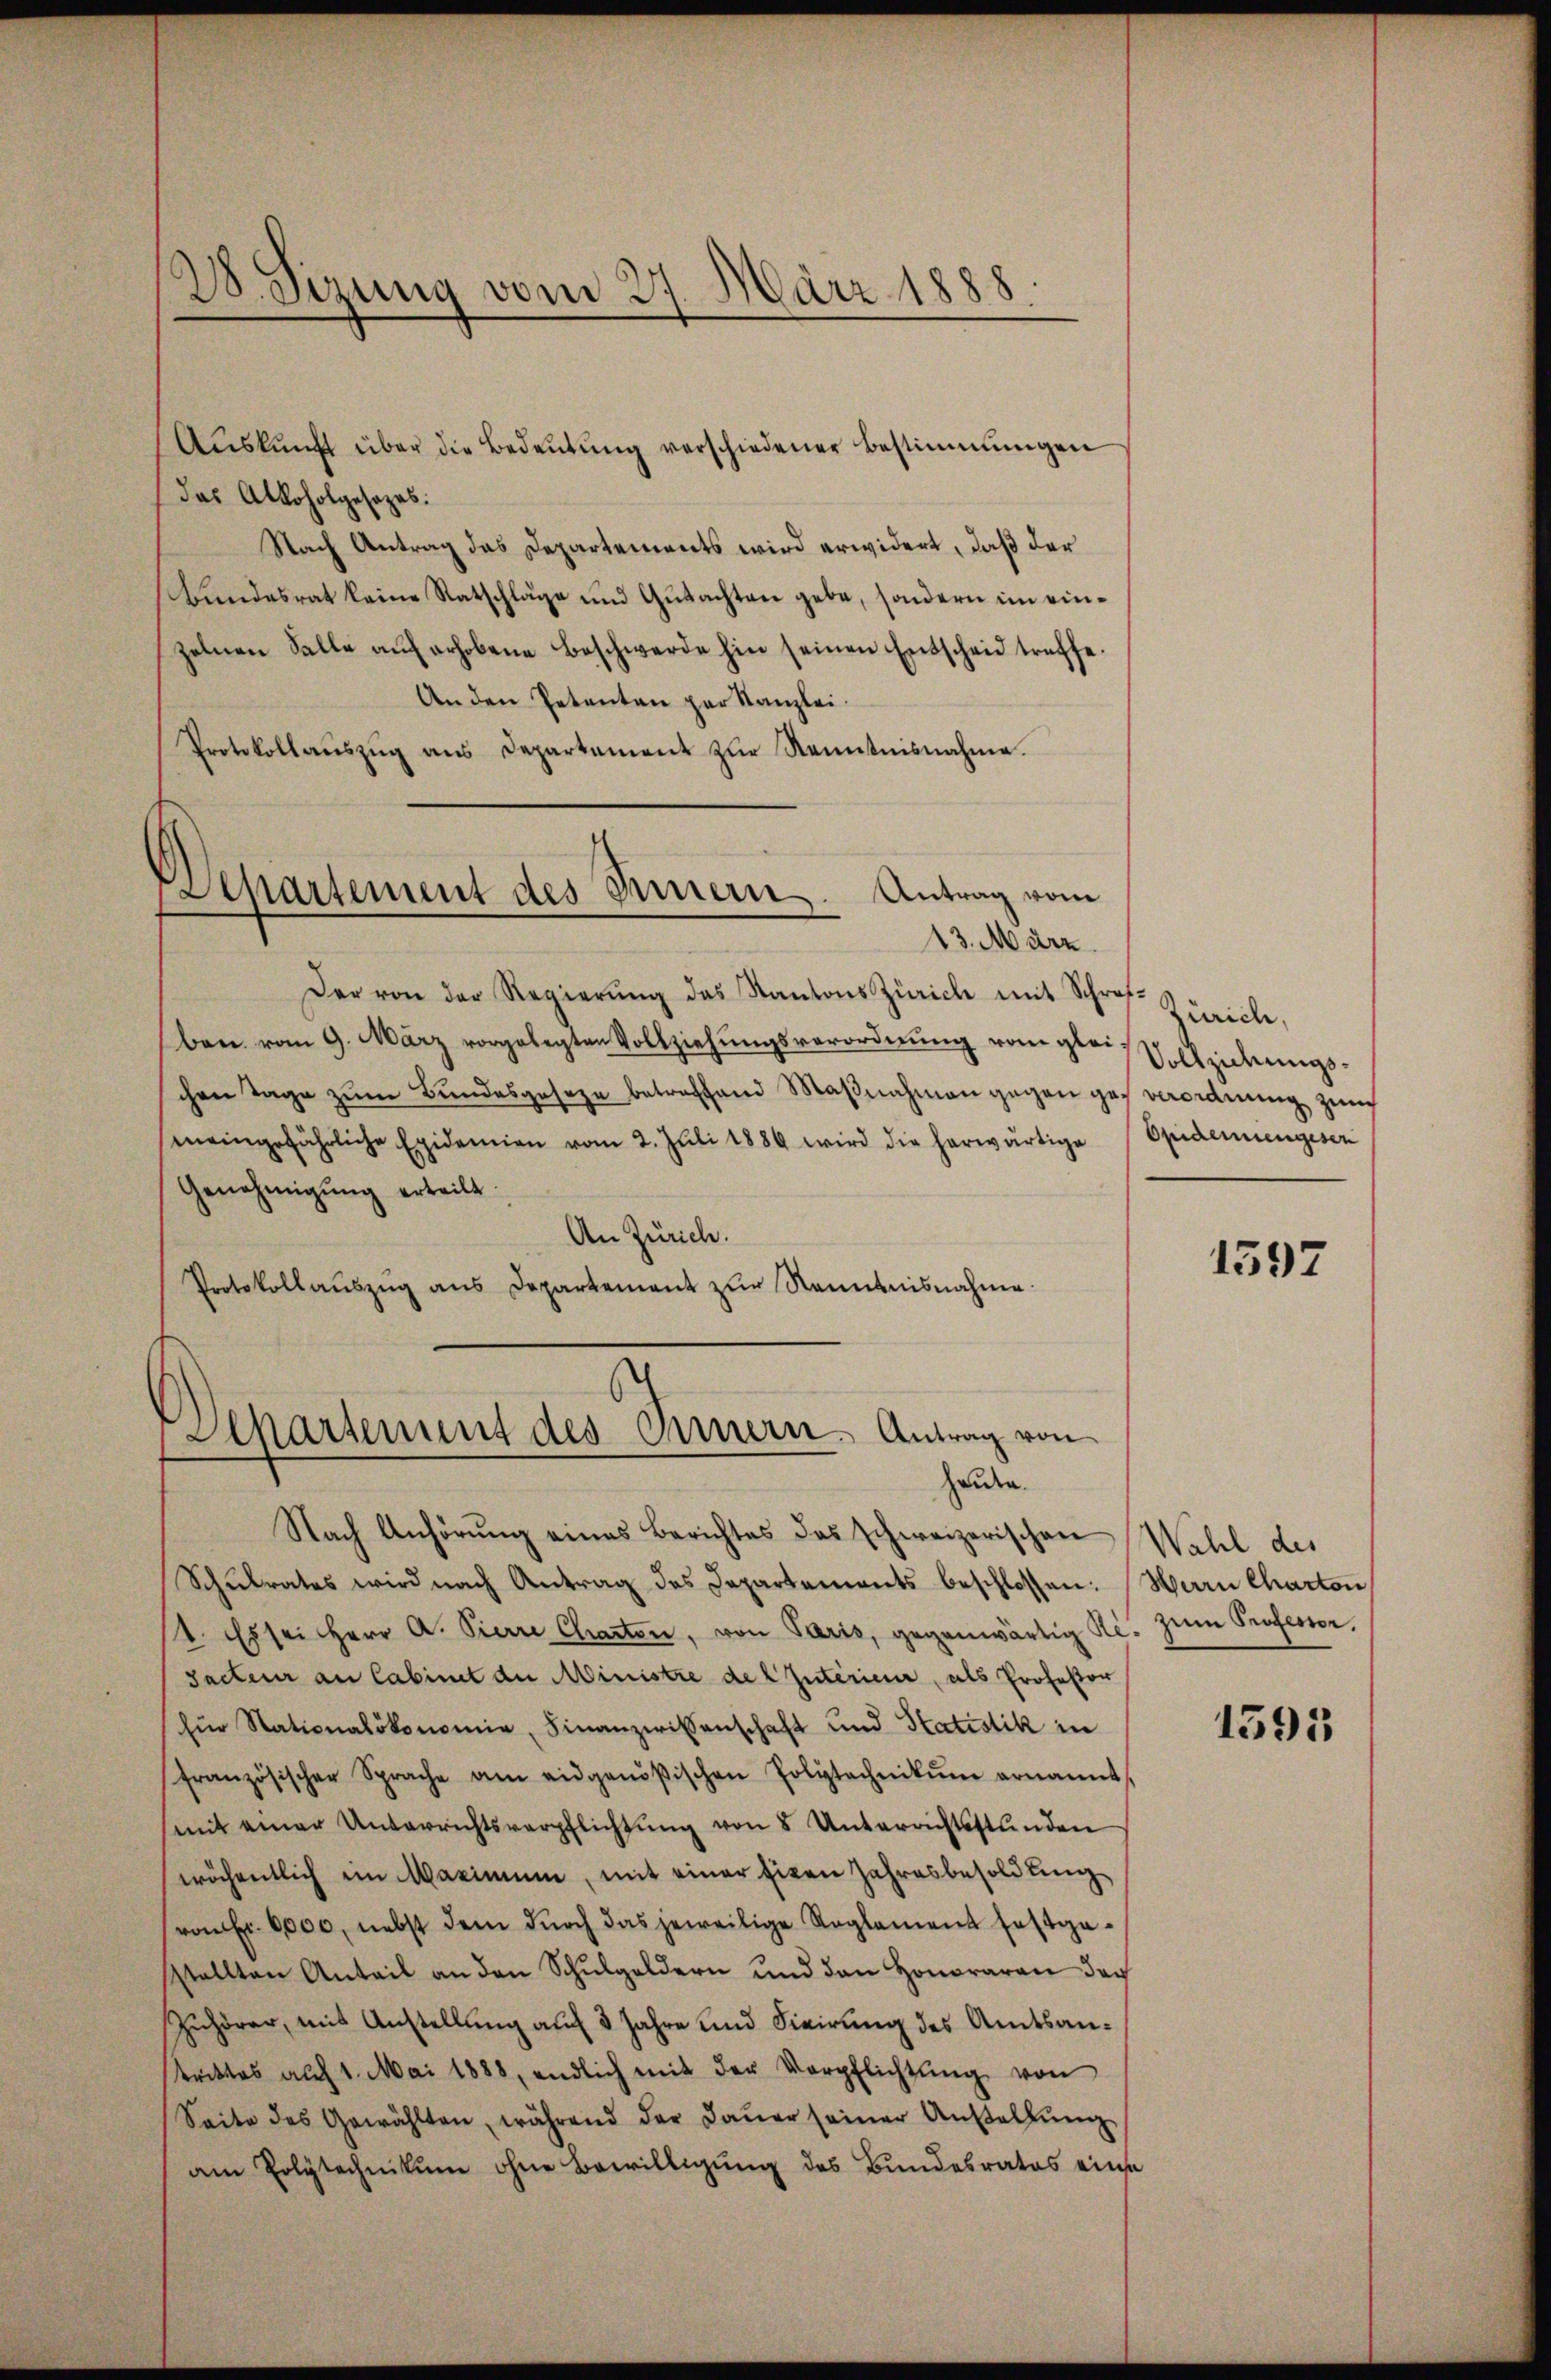
28. Sizung vom 27. März 1888.

Departement des Innern. Antrag vom
13. März.

Aŭskŭnft über die Bedeŭtŭng verschiedener Bestimmungen
das Alkoholgesezes:
Nach Antrag das Departements wird erwidert, daß der
Bundesrat keine Ratschläge und Gutachten gebe, sondern im einzelnen Falle aŭf erhobene Beschwerde hin seinen Entscheid treffe.
An den Petenten par Kanzlei.
Protokollaŭszŭg ans Departement zŭr Kenntnisnahme.

Der von der Regierŭng das Kantons Zürich mit Schrof. Züricle,
ben vom 9. März vorgelegten Vollziehungsverordnung vom glei Vollziehungschen Tage zum Bundesgeseze betreffend Maßnahmen gegen gesverordnung zur
mneingefährliche Epidemien vom 2. Juli 1886 wird die herwärtige
Genehmigung erteilt.
An Zürich.
Protokollauszug aus Departement zur Nenntnisnahme.

Departement des Innern. Antrag von
hauen.

Nach Anhörung eines Berichtes das schweizerischen Wahl des
Schulrates wird nach Antrag des Departements beschlossen:
2. Es sei Herr A. Pierre Charten, von Paris, gegenwärtig Ri. zŭm Professor
Sacteur an Cabinet die Ministre del Interien, als Professor
für Stationalökonomie, Finanzwissenschaft und Statistik in
französischer Sprache am eidgenößischen Polytechnikŭm ernannt,
mit einer Unterrichtsverpflichtŭng von 5 Unterrichtsstunden
wöchentlich ein Maximum, mit einer Eigen Jahresbesoldung
(von Fr. 6000, nebst dem dŭrch das jeweilige Reglement festgastellten Anteil an den Schulgeldern und den Honoraran der
Zuhörer, mit Anstellung auf 3 Jahre und Fixirung des Amtsantriktes auf 1. Mai 1888, endlich mit der Verpflichtŭng von
Seite des Gewählten, während der Daŭer seiner Anstallŭng
am Polytechnikum ohne Bewilligung des Bundesrates einse

Opidemengesen

1397

Herrn Charton

1595